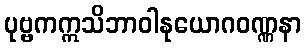
ပုဗ္ဗကဣသိဘာဝါနုယောဂဝဏ္ဏနာ